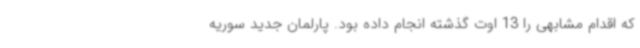
که اقدام مشابهی را 13 اوت گذشته انجام داده بود. پارلمان جدید سوریه